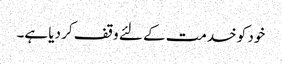
خود کو خدمت کے لئے وقف کر دیا ہے۔